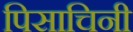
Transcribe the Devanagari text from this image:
पिसाचिनी